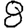
Digit: 8